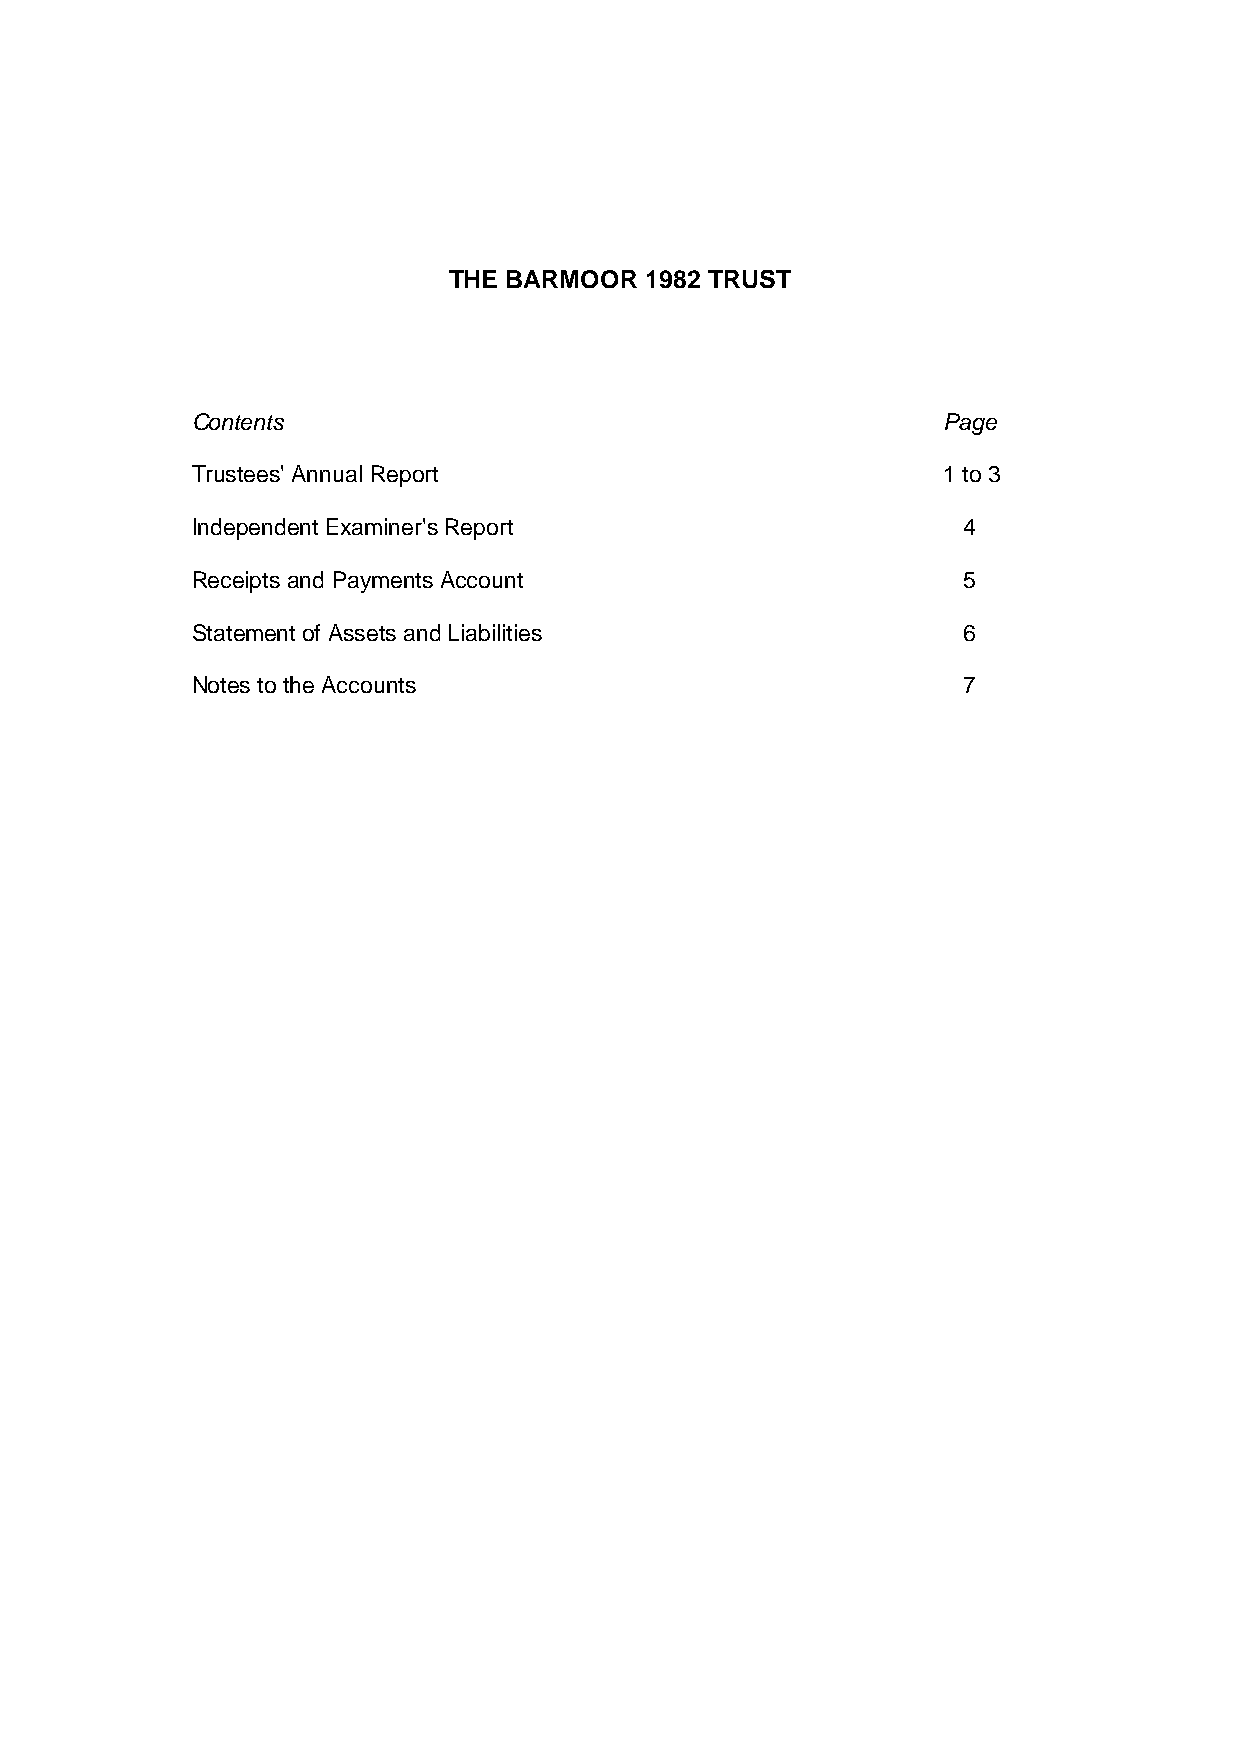
THE BARMOO R 1982 TRUST
 Contents                                         Page
 Trustees' Annual Report                          1 to 3
 Independent Examiner's Report                      4
 Receipts and Payments Account                      5
 Statement of Assets and Liabilities                6
 Notes to the Accounts                              7